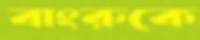
বাংরুকে